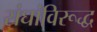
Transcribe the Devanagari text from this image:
संघांविरूद्ध